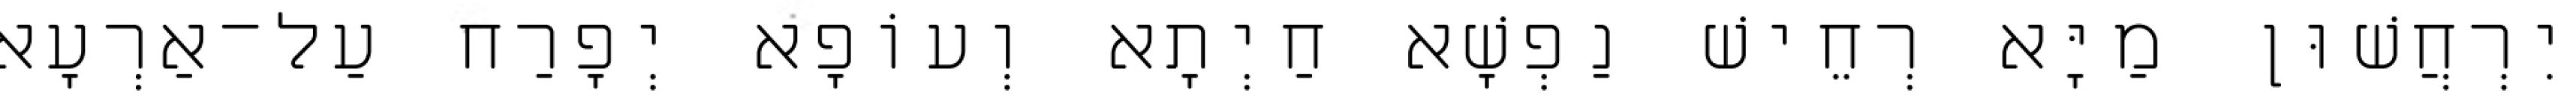
יִרְחֲשׁוּן מַיָּא רְחֵישׁ נַפְשָׁא חַיְתָא וְעוֹפָא יְפָרַח עַל־אַרְעָא